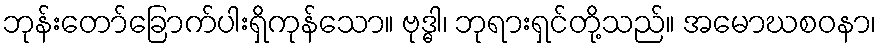
ဘုန်းတော်ခြောက်ပါးရှိကုန်သော။ ဗုဒ္ဓါ၊ ဘုရားရှင်တို့သည်။ အမောဃစဝနာ၊